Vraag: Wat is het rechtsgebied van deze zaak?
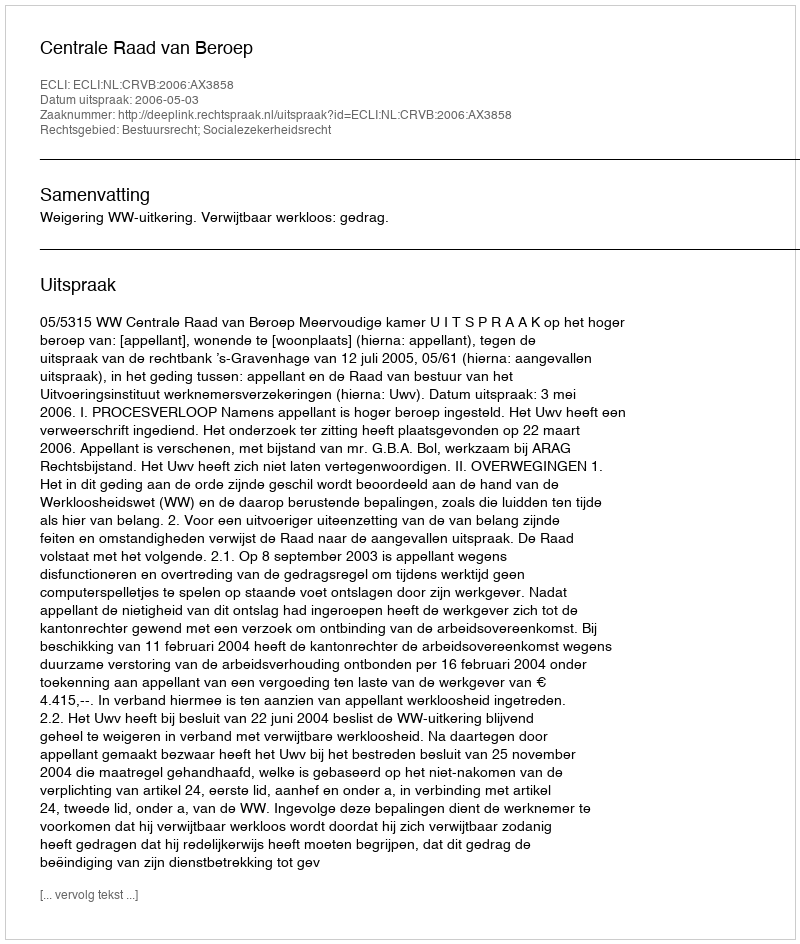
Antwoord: Bestuursrecht; Socialezekerheidsrecht